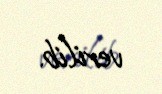
verilib.